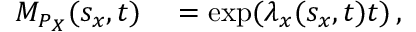
\begin{array} { r l } { M _ { P _ { X } } ( s _ { x } , t ) } & { { } = \exp ( \lambda _ { x } ( s _ { x } , t ) t ) \, , } \end{array}